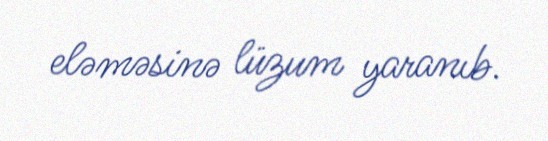
eləməsinə lüzum yaranıb.